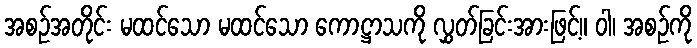
အစဉ်အတိုင်း မထင်သော မထင်သော ကောဋ္ဌာသကို လွှတ်ခြင်းအားဖြင့်။ ဝါ၊ အစဉ်ကို